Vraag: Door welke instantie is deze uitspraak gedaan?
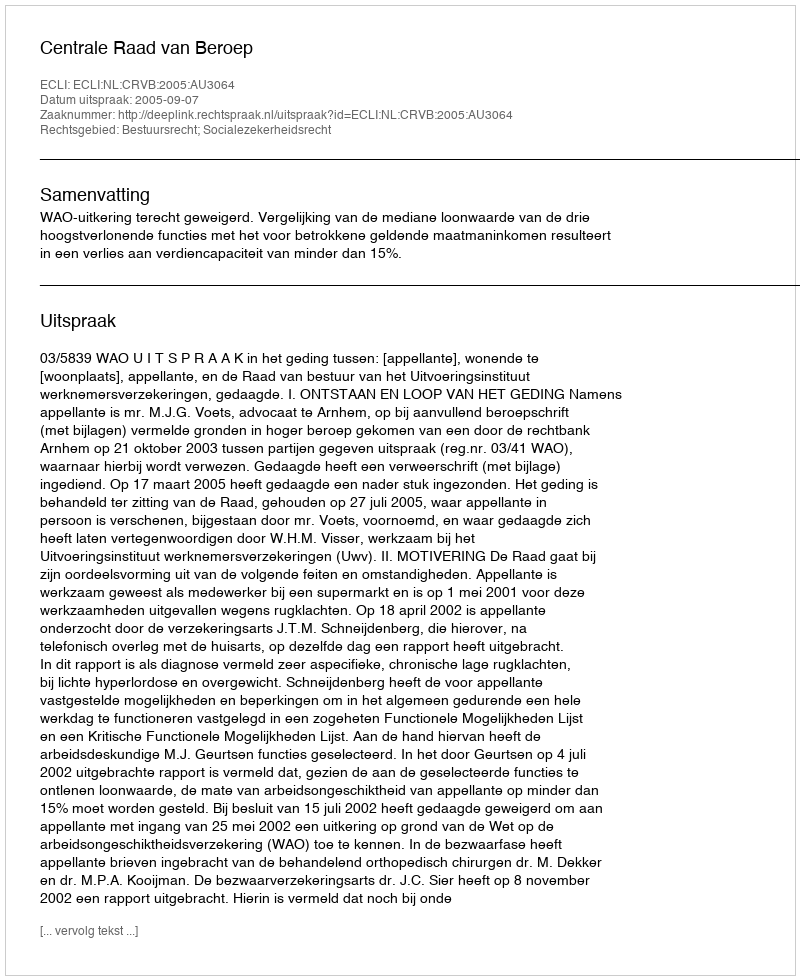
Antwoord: Centrale Raad van Beroep